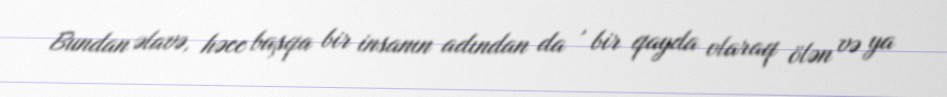
Bundan əlavə, həcc başqa bir insanın adından da , bir qayda olaraq ölən və ya